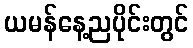
ယမန်နေ့ညပိုင်းတွင်